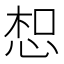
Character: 𢚤